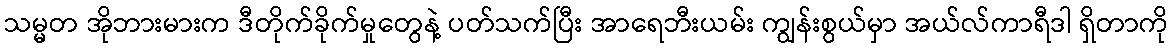
သမ္မတ အိုဘားမားက ဒီတိုက်ခိုက်မှုတွေနဲ့ ပတ်သက်ပြီး အာရေဘီးယမ်း ကျွန်းစွယ်မှာ အယ်လ်ကာရီဒါ ရှိတာကို